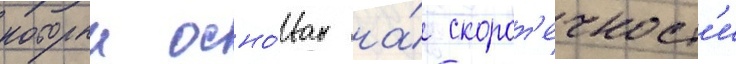
которыи осно́ван на́ скорот'ечност'и